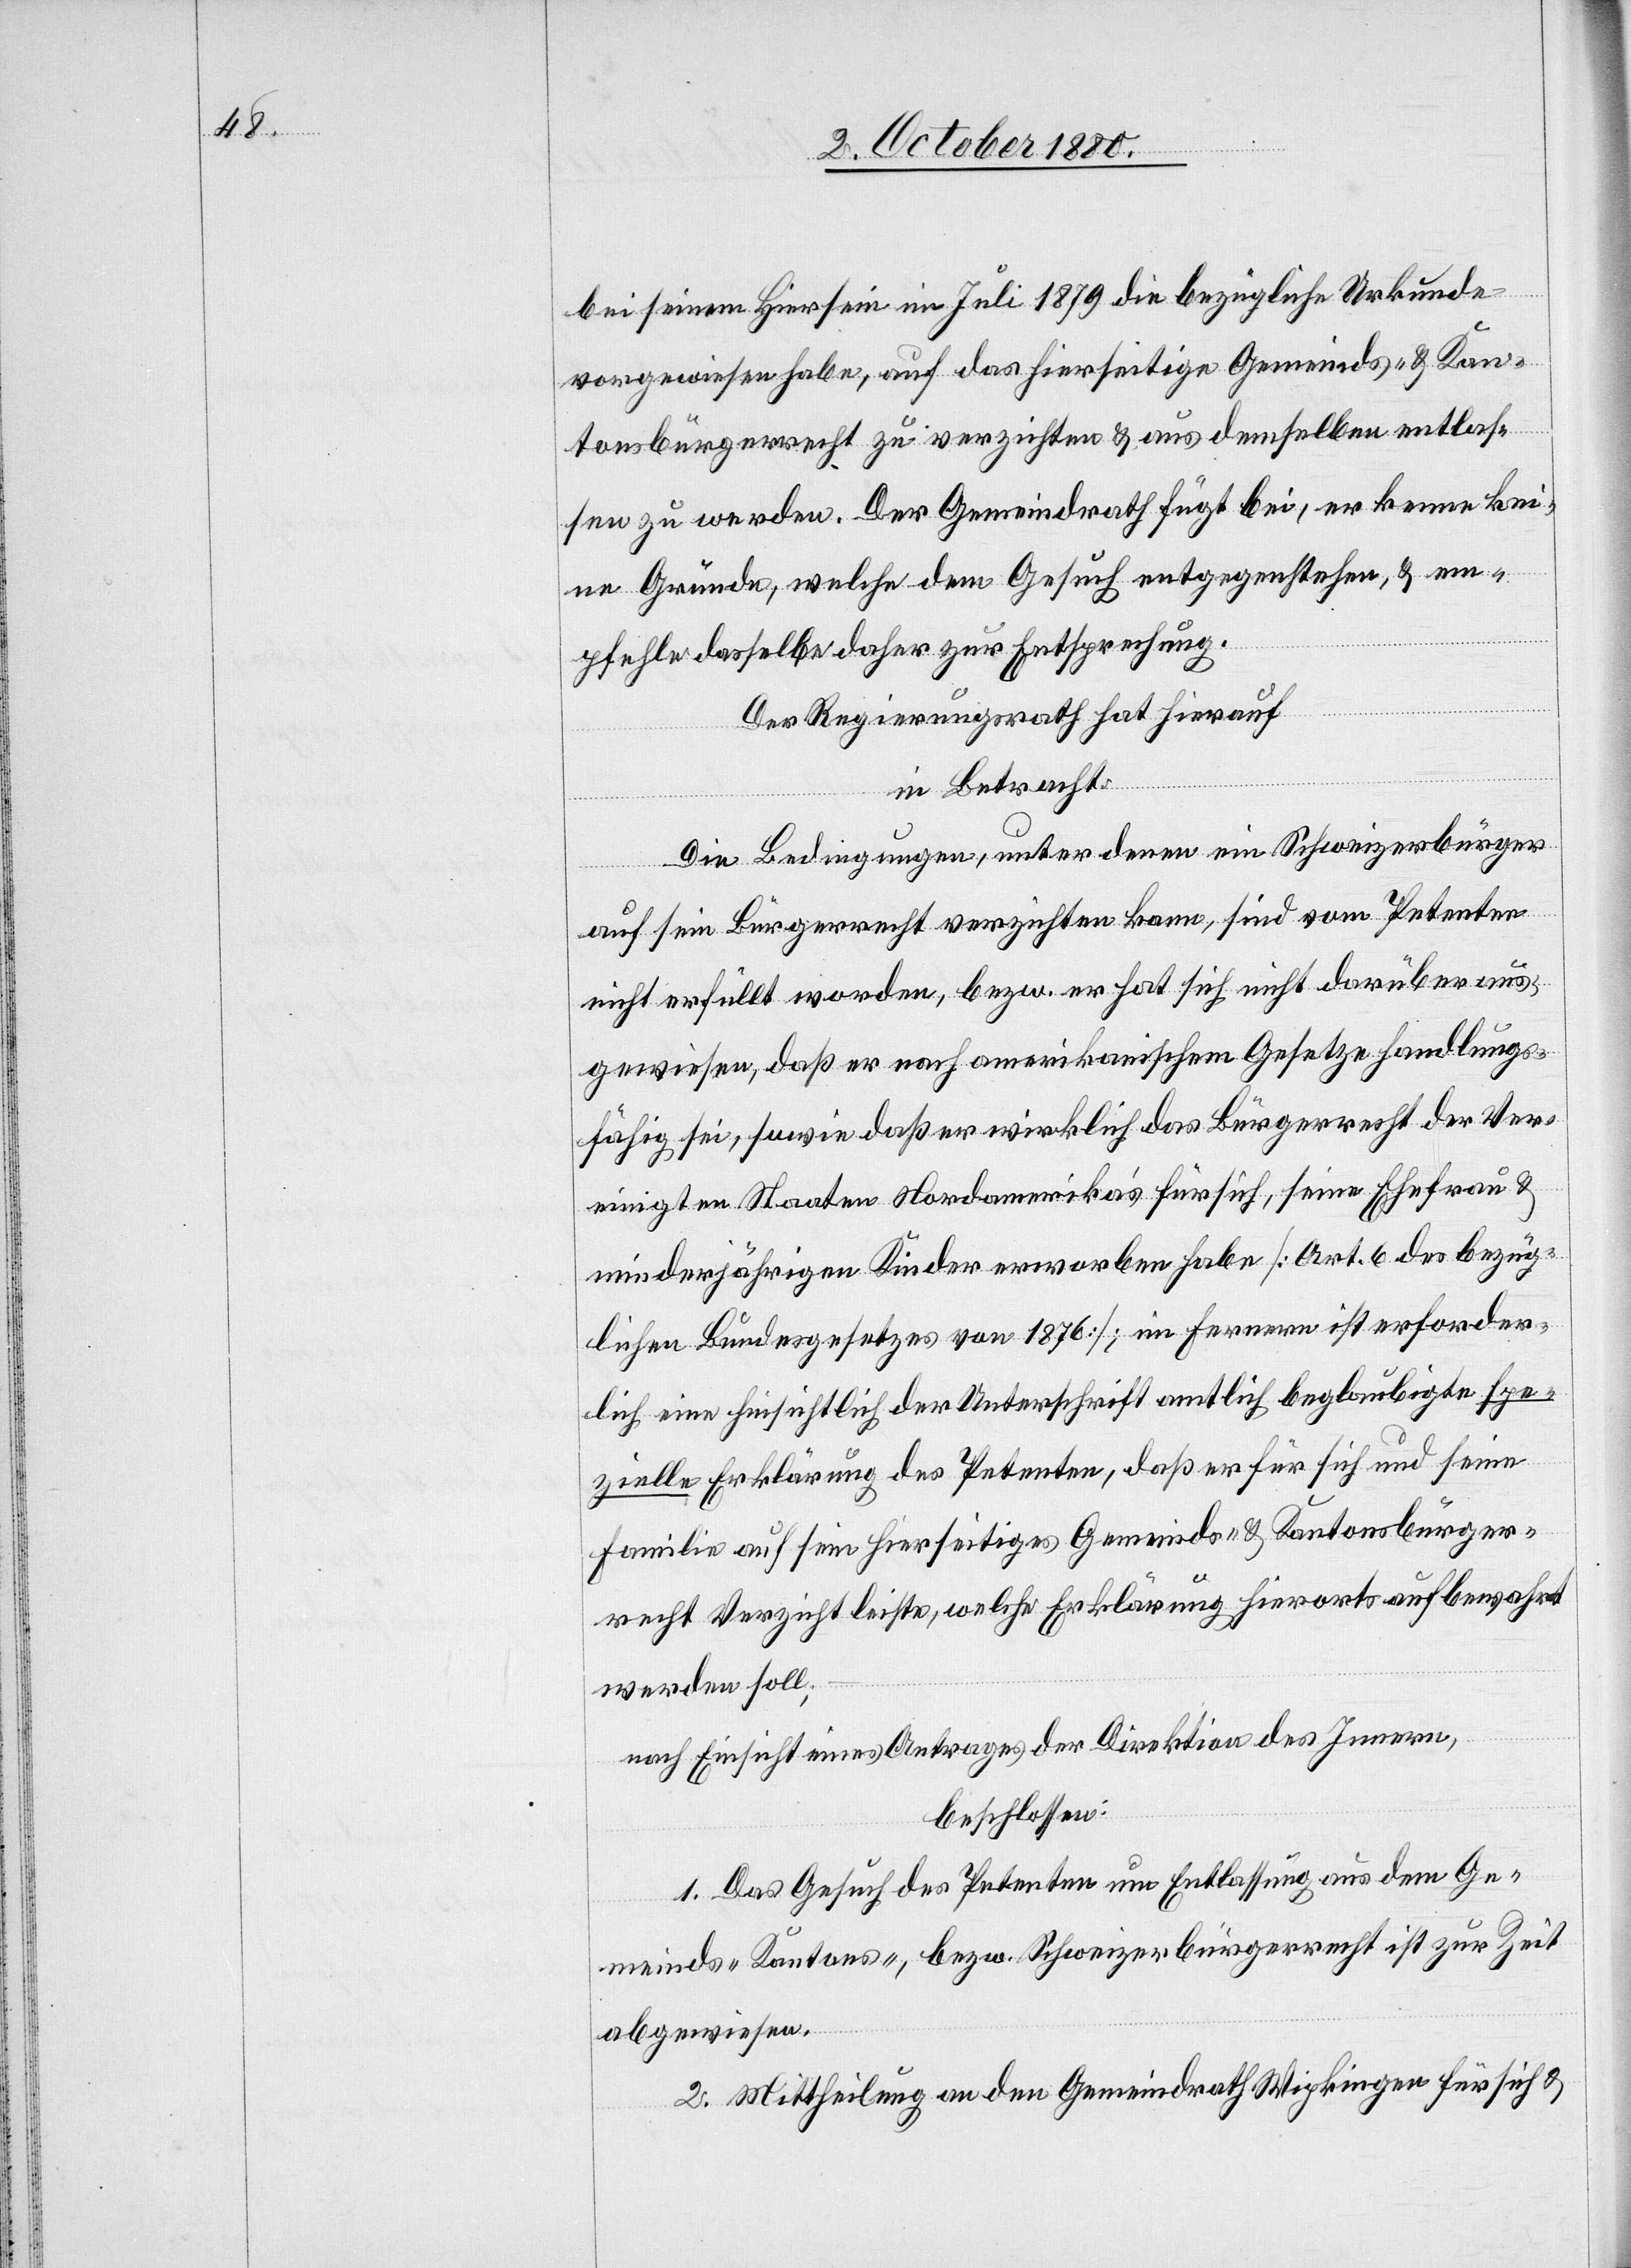
bei seinem Hiersein im Juli 1879 die bezügliche Urkunde
vorgewiesen habe, auf das hierseitige Gemeinds- & Kan¬
tonsbürgerrecht zu verzichten & aus demselben entlas¬
sen zu werden. Der Gemeindrath fügt bei, er kenne kei¬
ne Gründe, welche dem Gesuch entgegenstehen, & em¬
pfehle dasselbe daher zur Entsprechung.
Der Regierungsrath hat hierauf
in Betracht:
Die Bedingungen, unter denen ein Schweizerbürger
auf sein Bürgerrecht verzichten kann, sind vom Petenten
nicht erfüllt worden, bezw. er hat sich nicht darüber aus¬
gewiesen, daß er nach amerikanischem Gesetze handlungs¬
fähig sei, sowie daß er wirklich das Bürgerrecht der Ver¬
einigten Staaten Nordamerika’s für sich, seine Ehefrau &
minderjährigen Kinder erworben habe [Art. 6 des bezüg¬
lichen Bundesgesetzes von 1876]; im Fernern ist erforder¬
lich eine hinsichtlich der Unterschrift amtlich beglaubigte spe¬
zielle Erklärung des Petenten, daß er für sich und seine
Familie auf sein hierseitiges Gemeinde- & Kantonsbürger¬
recht Verzicht leiste, welche Erklärung hierorts aufbewahrt
werden soll;
nach Einsicht eines Antrages der Direktion des Innern,
beschlossen:
1. Das Gesuch des Petenten um Entlassung aus dem Ge¬
meinds-, Kantons-, bezw. Schweizerbürgerrecht ist zur Zeit
abgewiesen.
2. Mittheilung an den Gemeindrath Wipkingen für sich &